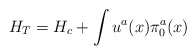
\begin{align*}H_T = H_c + \int u^a(x)\pi_0^a(x) \end{align*}